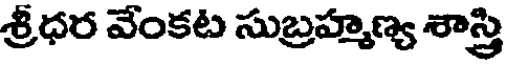
శ్రీధర వేంకట సుబ్రహ్మణ్య శాస్త్రి